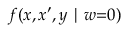
f ( x , x ^ { \prime } , y \mid w { = } 0 )